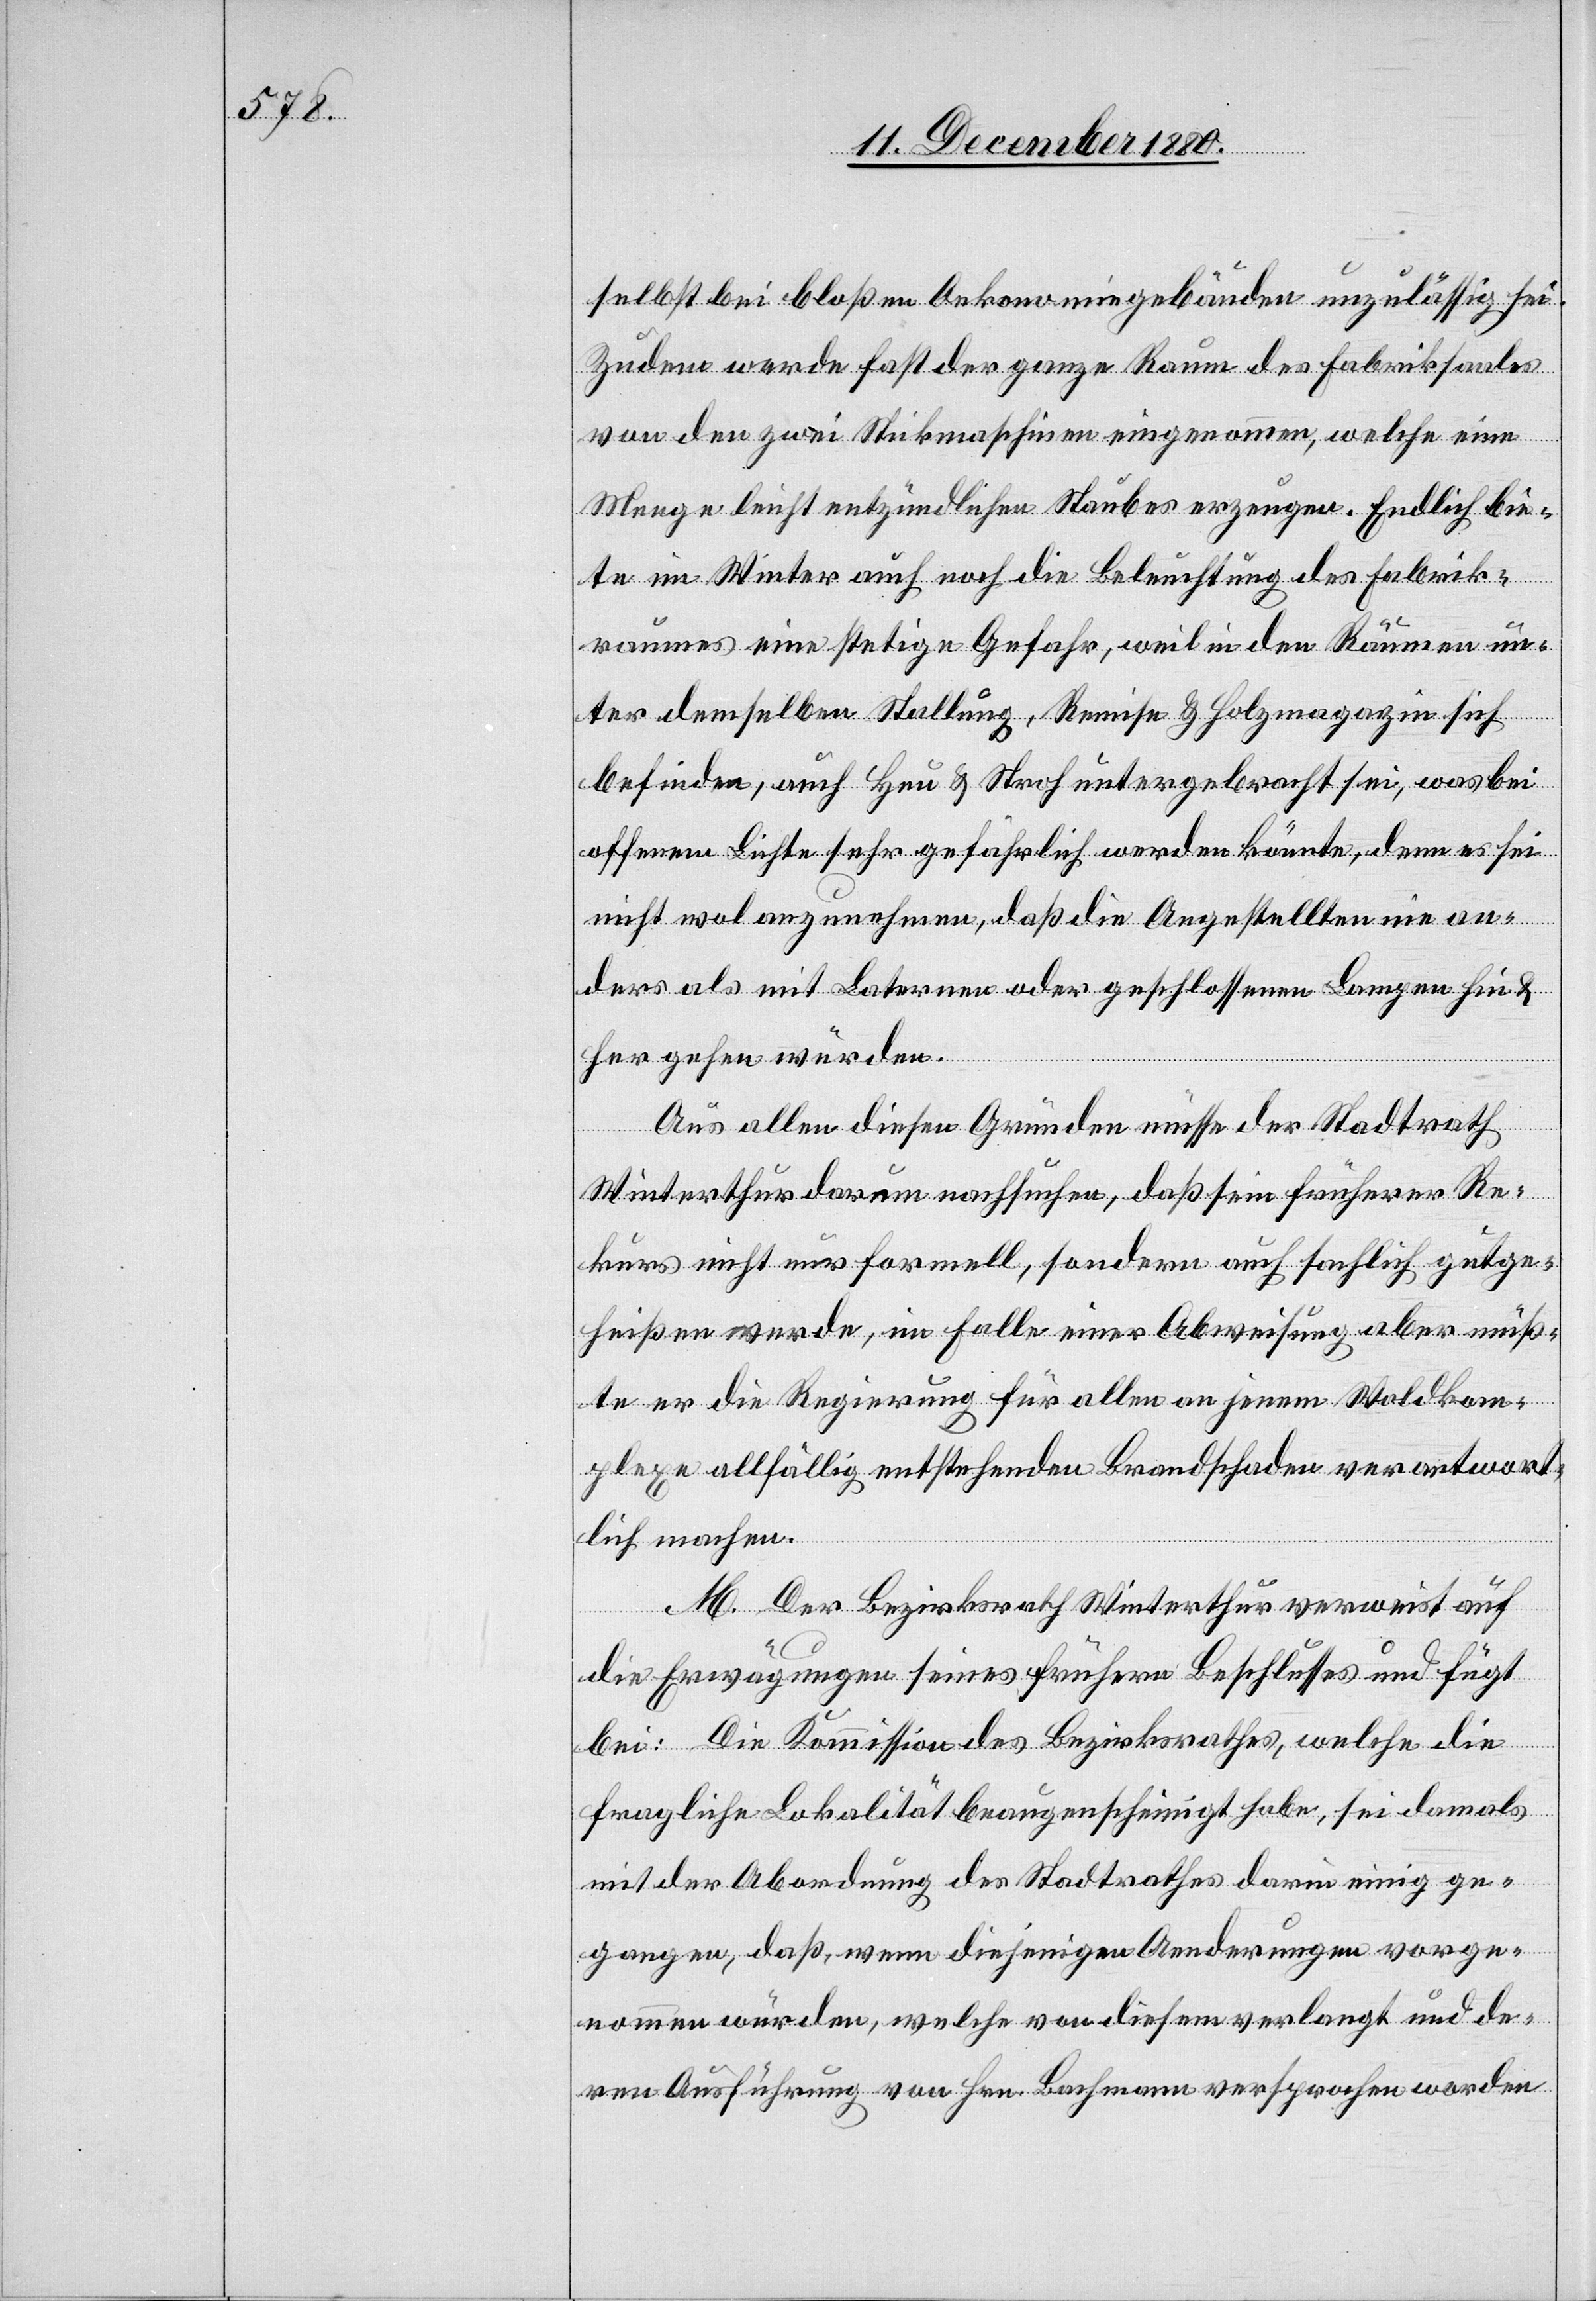
selbst bei bloßen Oekonomiegebäuden unzulässig sei.
Zudem werde fast der ganze Raum des Fabriksaales
von den zwei Stickmaschinen eingenommen, welche eine
Menge leicht entzündlichen Staubes erzeugen. Endlich bie¬
te im Winter auch noch die Beleuchtung des Fabrik¬
raumes eine stetige Gefahr, weil in den Räumen un¬
ter demselben Stallung, Remise & Holzmagazin sich
befinden, auch Heu & Stroh untergebracht sei, was bei
offenem Lichte sehr gefährlich werden könnte, denn es sei
nicht wol anzunehmen, daß die Angestellten nie an¬
ders als mit Laternen oder geschlossenen Lampen hin &
her gehen würden.
Aus allen diesen Gründen müsse der Stadtrath
Winterthur darum nachsuchen, daß sein früherer Re¬
kurs nicht nur formell, sondern auch sachlich gutge¬
heißen werde, im Falle einer Abweisung aber müß¬
te er die Regierung für allen an jenem Waldkom¬
plexe allfällig entstehenden Brandschaden verantwort¬
lich machen.
M. Der Bezirksrath Winterthur verweist auf
die Erwägungen seines frühern Beschlusses und fügt
bei: Die Kommission des Bezirksrathes, welche die
fragliche Lokalität beaugenscheinigt habe, sei damals
mit der Abordnung des Stadtrathes darin einig ge¬
gangen, daß wenn diejenigen Aenderungen vorge¬
nommen würden, welche von diesem verlangt und de¬
ren Ausführung von Hrn. Bachmann versprochen worden